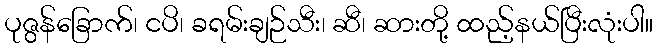
ပုဇွန်ခြောက်၊ ငပိ၊ ခရမ်းချဉ်သီး၊ ဆီ၊ ဆားတို့ ထည့်နယ်ပြီးလုံးပါ။